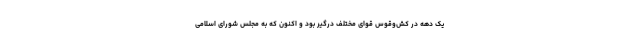
یک دهه در کش‌وقوس قوای مختلف درگیر بود و اکنون که به مجلس شورای اسلامی